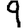
Digit: 9